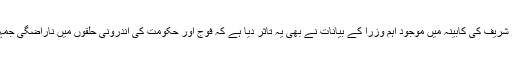
لیکن یہ بھی حقیقت ہے کہ وزیراعظم نواز شریف کی کابینہ میں موجود اہم وزرا کے بیانات نے بھی یہ تاثر دیا ہے کہ فوج اور حکومت کی اندرونی حلقوں میں ناراضگی جمہوری حکومت کے لیے خطرہ بن رہی ہے۔